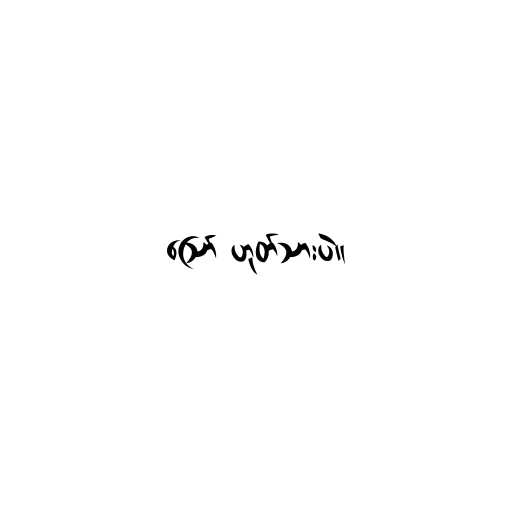
ဪ ဟုတ်သားပဲ။